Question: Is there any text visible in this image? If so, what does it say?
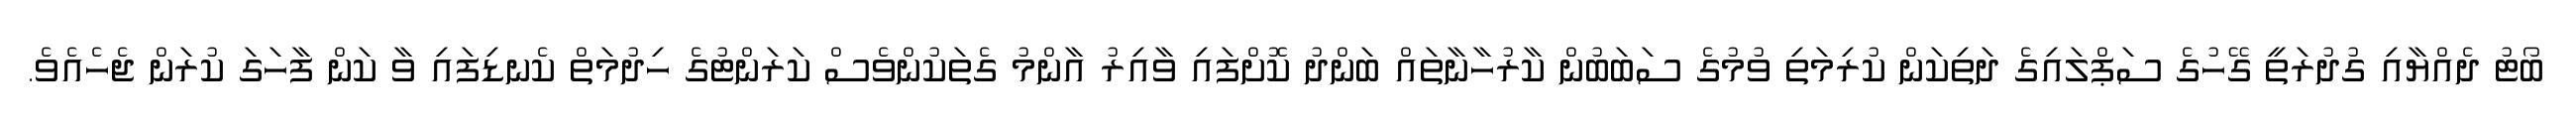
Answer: ބޯޓު ދެއްޔާއި ގުދުރަތީ ގޭހުގެ ސަޕްލައިގެ ދަތިކަން ކުރިމަތި ވުމުގެ ސަބަބުން ކާރުހާނާތައް ބަންދު ކޮށްފައި ވާއިރު އާންމު ގެތަކުންވެސް ކަރަންޓުގެ ހިދުމަތް ކެނޑިފައި ވާ ކަން ފާހަގަ ކުރަން ޖެހެއެވެ.